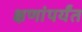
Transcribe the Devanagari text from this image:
क्षणांपर्यंत